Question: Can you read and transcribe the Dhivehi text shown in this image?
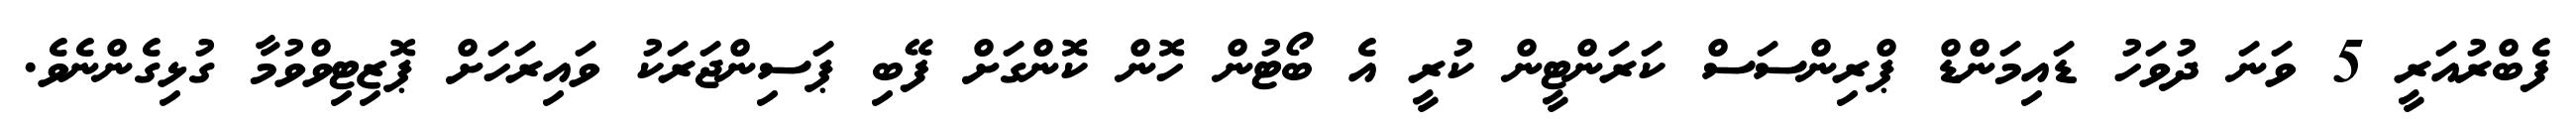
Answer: ފެބްރުއަރީ 5 ވަނަ ދުވަހު ޑައިމަންޑް ޕްރިންސަސް ކަރަންޓީން ކުރީ އެ ބޯޓުން ހޮން ކޮންގަށް ފޭބި ޕަސިންޖަރަކު ވައިރަހަށް ޕޮޒިޓިވްވުމާ ގުޅިގެންނެވެ.